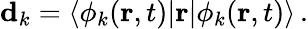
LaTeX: {\mathbf d}_{k}=\langle\phi_{k}({\mathbf r},t)|{\mathbf r}|\phi_{k}({\mathbf r},t)\rangle\, .